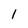
Character: 1